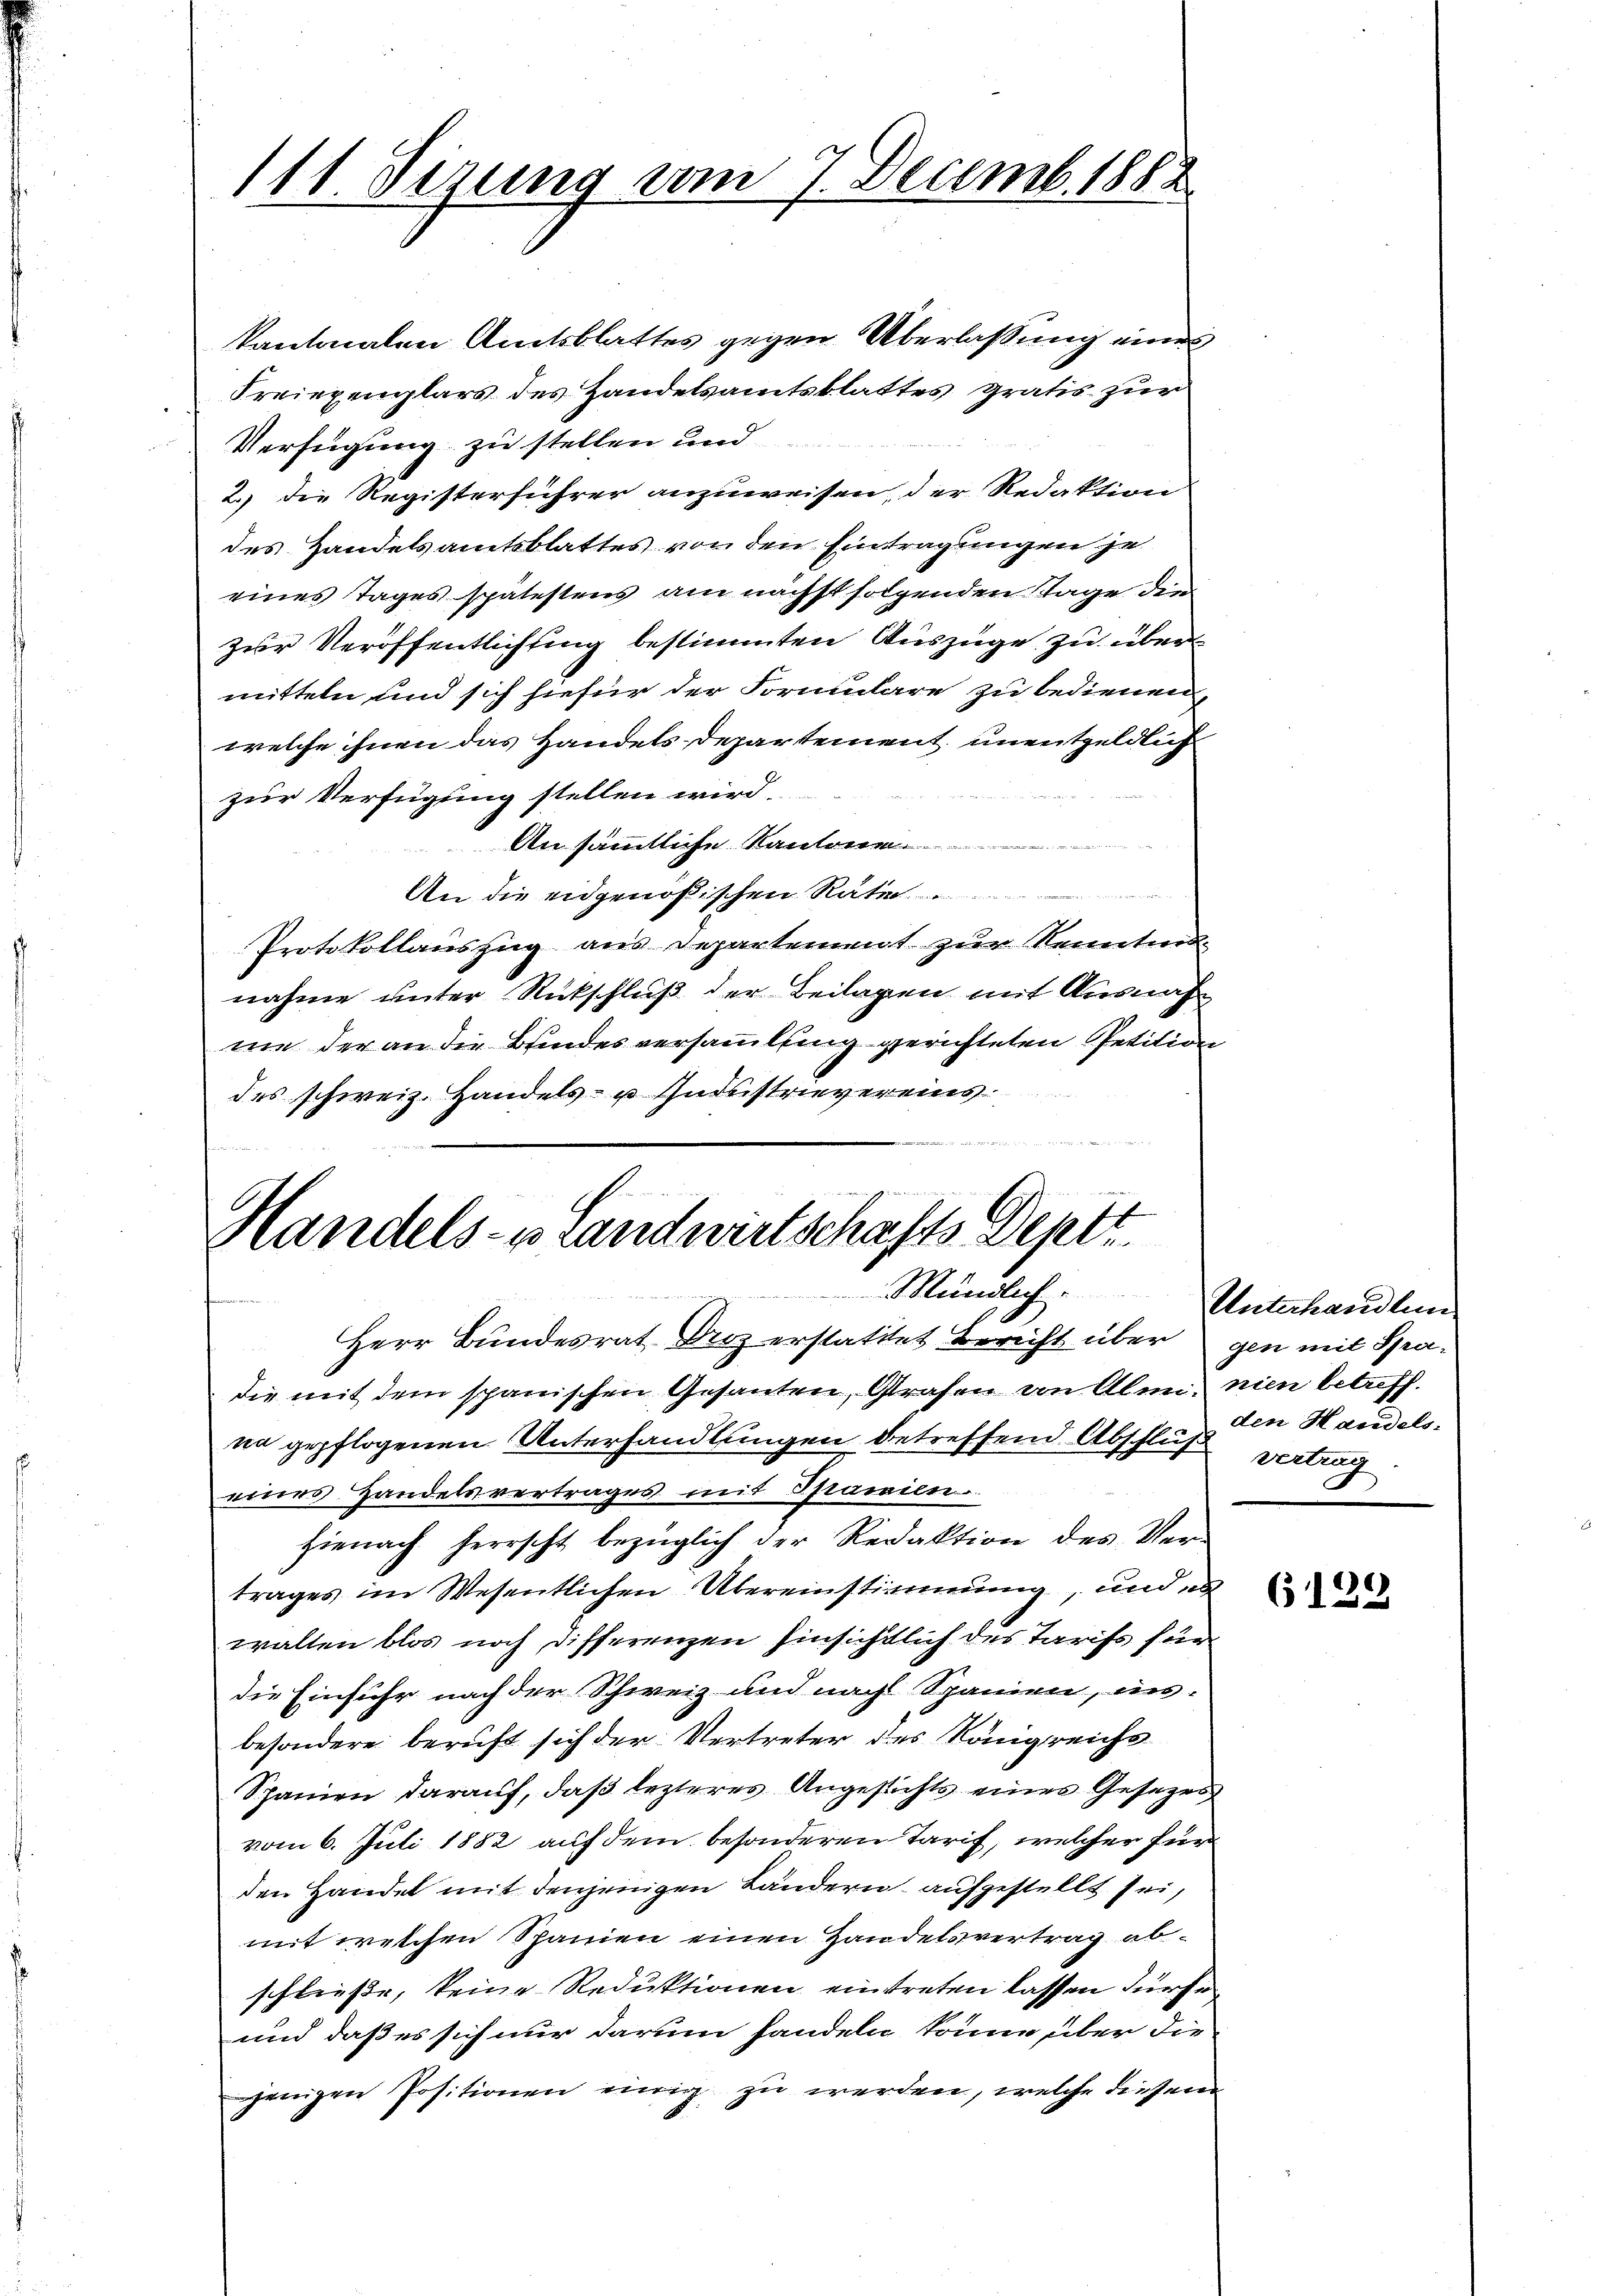
111. Sizung vom 7. Decemb. 1888

Handels- u. Landwirtschafts-Deptt.
Mündlich.

kantonalen Amtsblattes gegen Überlassung eines
Freiexemplars des Handelsamtsblattes gratis zur
Verfügung zu stellen und
2. die Registerführer anzuweisen, der Redaktion
des Handelsamtsblattes von den Eintragungen je
eines Tages spätestens am nächst folgenden Tage die
zur Veröffentlichtung bestimmten Auszüge zu über
mitteln und sich hiefür der Formulare zu bedienen,
welche ihnen das Handels departement unentgeldlich
zur Verfügung stellen wird.
An sämmtliche Kantone
An die eidgenößischen Rate
Protokollauszug aus Departement zur Kenntnisnahme unter Rückschluß der Beilagen mit Ausnahme der an die Bindesversammlung gerichteten Petition
des schweiz. Handels- u. Indistrievereins

Herr Bundesrat Droz erstattet Bericht über gen mit Spradie mit dem spanischen Gesanten, Grafen von Alm, nien betreff
no gepflogenen Unterhandlungen betreffend Abschluß vertrag
eines Handelsvertrages mit Spanien.
hienach herrscht bezüglich der Redaktion des Ver-
trages im Wesentlichen Übereinstimmung, und es
walten blos noch differenzen hinsichtlich des Tarifs für
die Einfuhr nach der Schweiz und nach Spanien, ins-
besondere beruft sich der Vertreter des Königreichs¬
Spanien darauf, daβ lezteres Angesichts eines Gesezes
vom 6. Juli 1882 auf dem besonderen Tarif, welcher für
den Handel mit denjenigen Ländern aufgestellt sei,
mit welchen Spanien einen Handelsvertrag abschließe, keine Reduktionen eintreten lassen dürfe
und daß es sich nur darum handeln könne über die
jenigen Positionen einig zu werden, welche diesem

Unterhandlung
den Handels-

6129